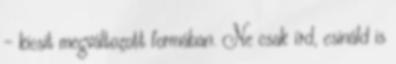
- kicsit megváltozott formában. Ne csak írd, csináld is